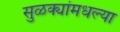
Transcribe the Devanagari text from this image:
सुळक्यांमधल्या